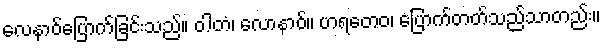
လေနာဝ်ပြောက်ခြင်းသည်။ ဝါတံ၊ လောနာဝ်။ ဟရတေဝ၊ ပြောက်တတ်သည်သာတည်း။